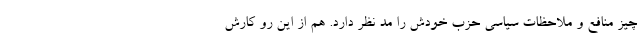
چیز منافع و ملاحظات سیاسی حزب خودش را مد نظر دارد. هم از این رو کارش